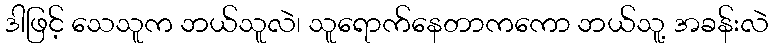
ဒါဖြင့် သေသူက ဘယ်သူလဲ၊ သူရောက်နေတာကကော ဘယ်သူ့ အခန်းလဲ